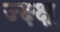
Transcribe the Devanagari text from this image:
ज्क्ष्क्ष्